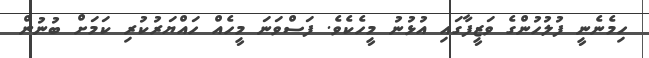
ހިމެނެނީ ފުލުހުންގެ ވަޒީފާގައި އުޅުނު މީހެކެވެ. ފަސްވަނަ މީހެއް ހައްޔަރުކުރި ކަމަށް ބުނުން